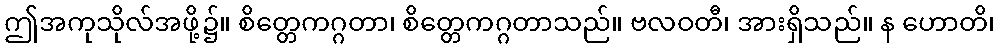
ဤအကုသိုလ်အဖို့၌။ စိတ္တေကဂ္ဂတာ၊ စိတ္တေကဂ္ဂတာသည်။ ဗလဝတီ၊ အားရှိသည်။ န ဟောတိ၊